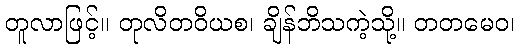
တူလာဖြင့်။ တုလိတဝိယစ၊ ချိန်ဘိသကဲ့သို့။ တတမေဝ၊